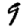
Digit: 9